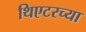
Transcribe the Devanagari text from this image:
थिएटरच्या